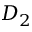
D _ { 2 }